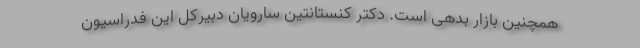
همچنین بازار بدهی است. دکتر کنستانتین سارویان دبیرکل این فدراسیون